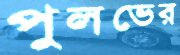
পুলভের